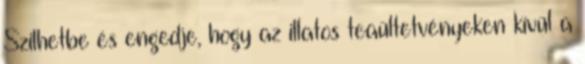
Szilhetbe és engedje, hogy az illatos teaültetvényeken kívül a